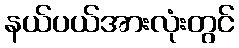
နယ်ပယ်အားလုံးတွင်